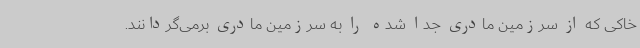
خاکی که از سرزمین مادری جدا شده را به سرزمین مادری برمی‌گردانند.